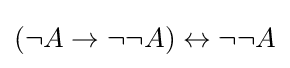
(\neg A\to \neg \neg A)\leftrightarrow \neg \neg A